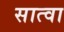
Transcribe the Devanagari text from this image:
सात्वा